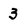
Character: 3